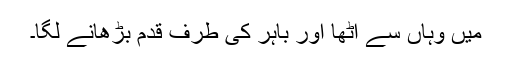
میں وہاں سے اٹھا اور باہر کی طرف قدم بڑھانے لگا۔